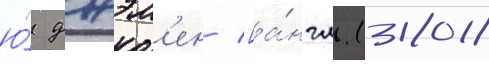
ю́ джэм'ен [а́нгл. (2018